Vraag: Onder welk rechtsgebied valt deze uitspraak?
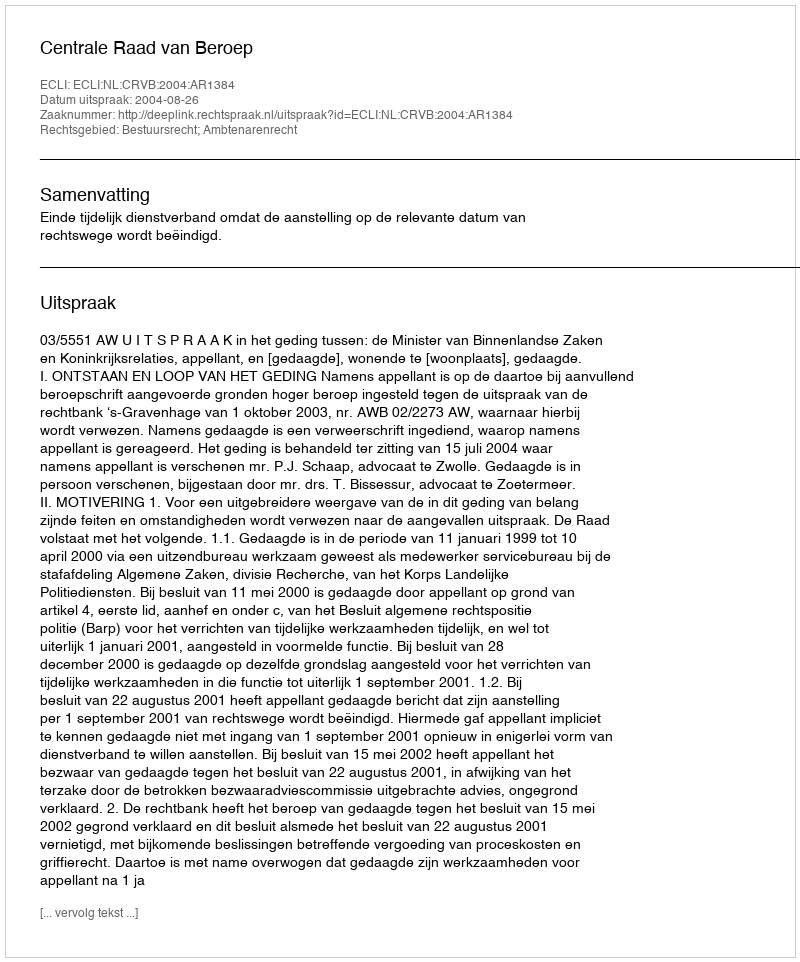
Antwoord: Bestuursrecht; Ambtenarenrecht